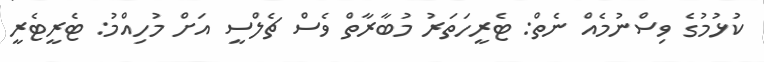
ކުޅުމުގެ ވިސްނުމެއް ނެތް: ޓެރީހަތަރު މުބާރާތް ވެސް ޗެލްސީ އަށް މުހިއްމު: ޓެރީޓެރީ